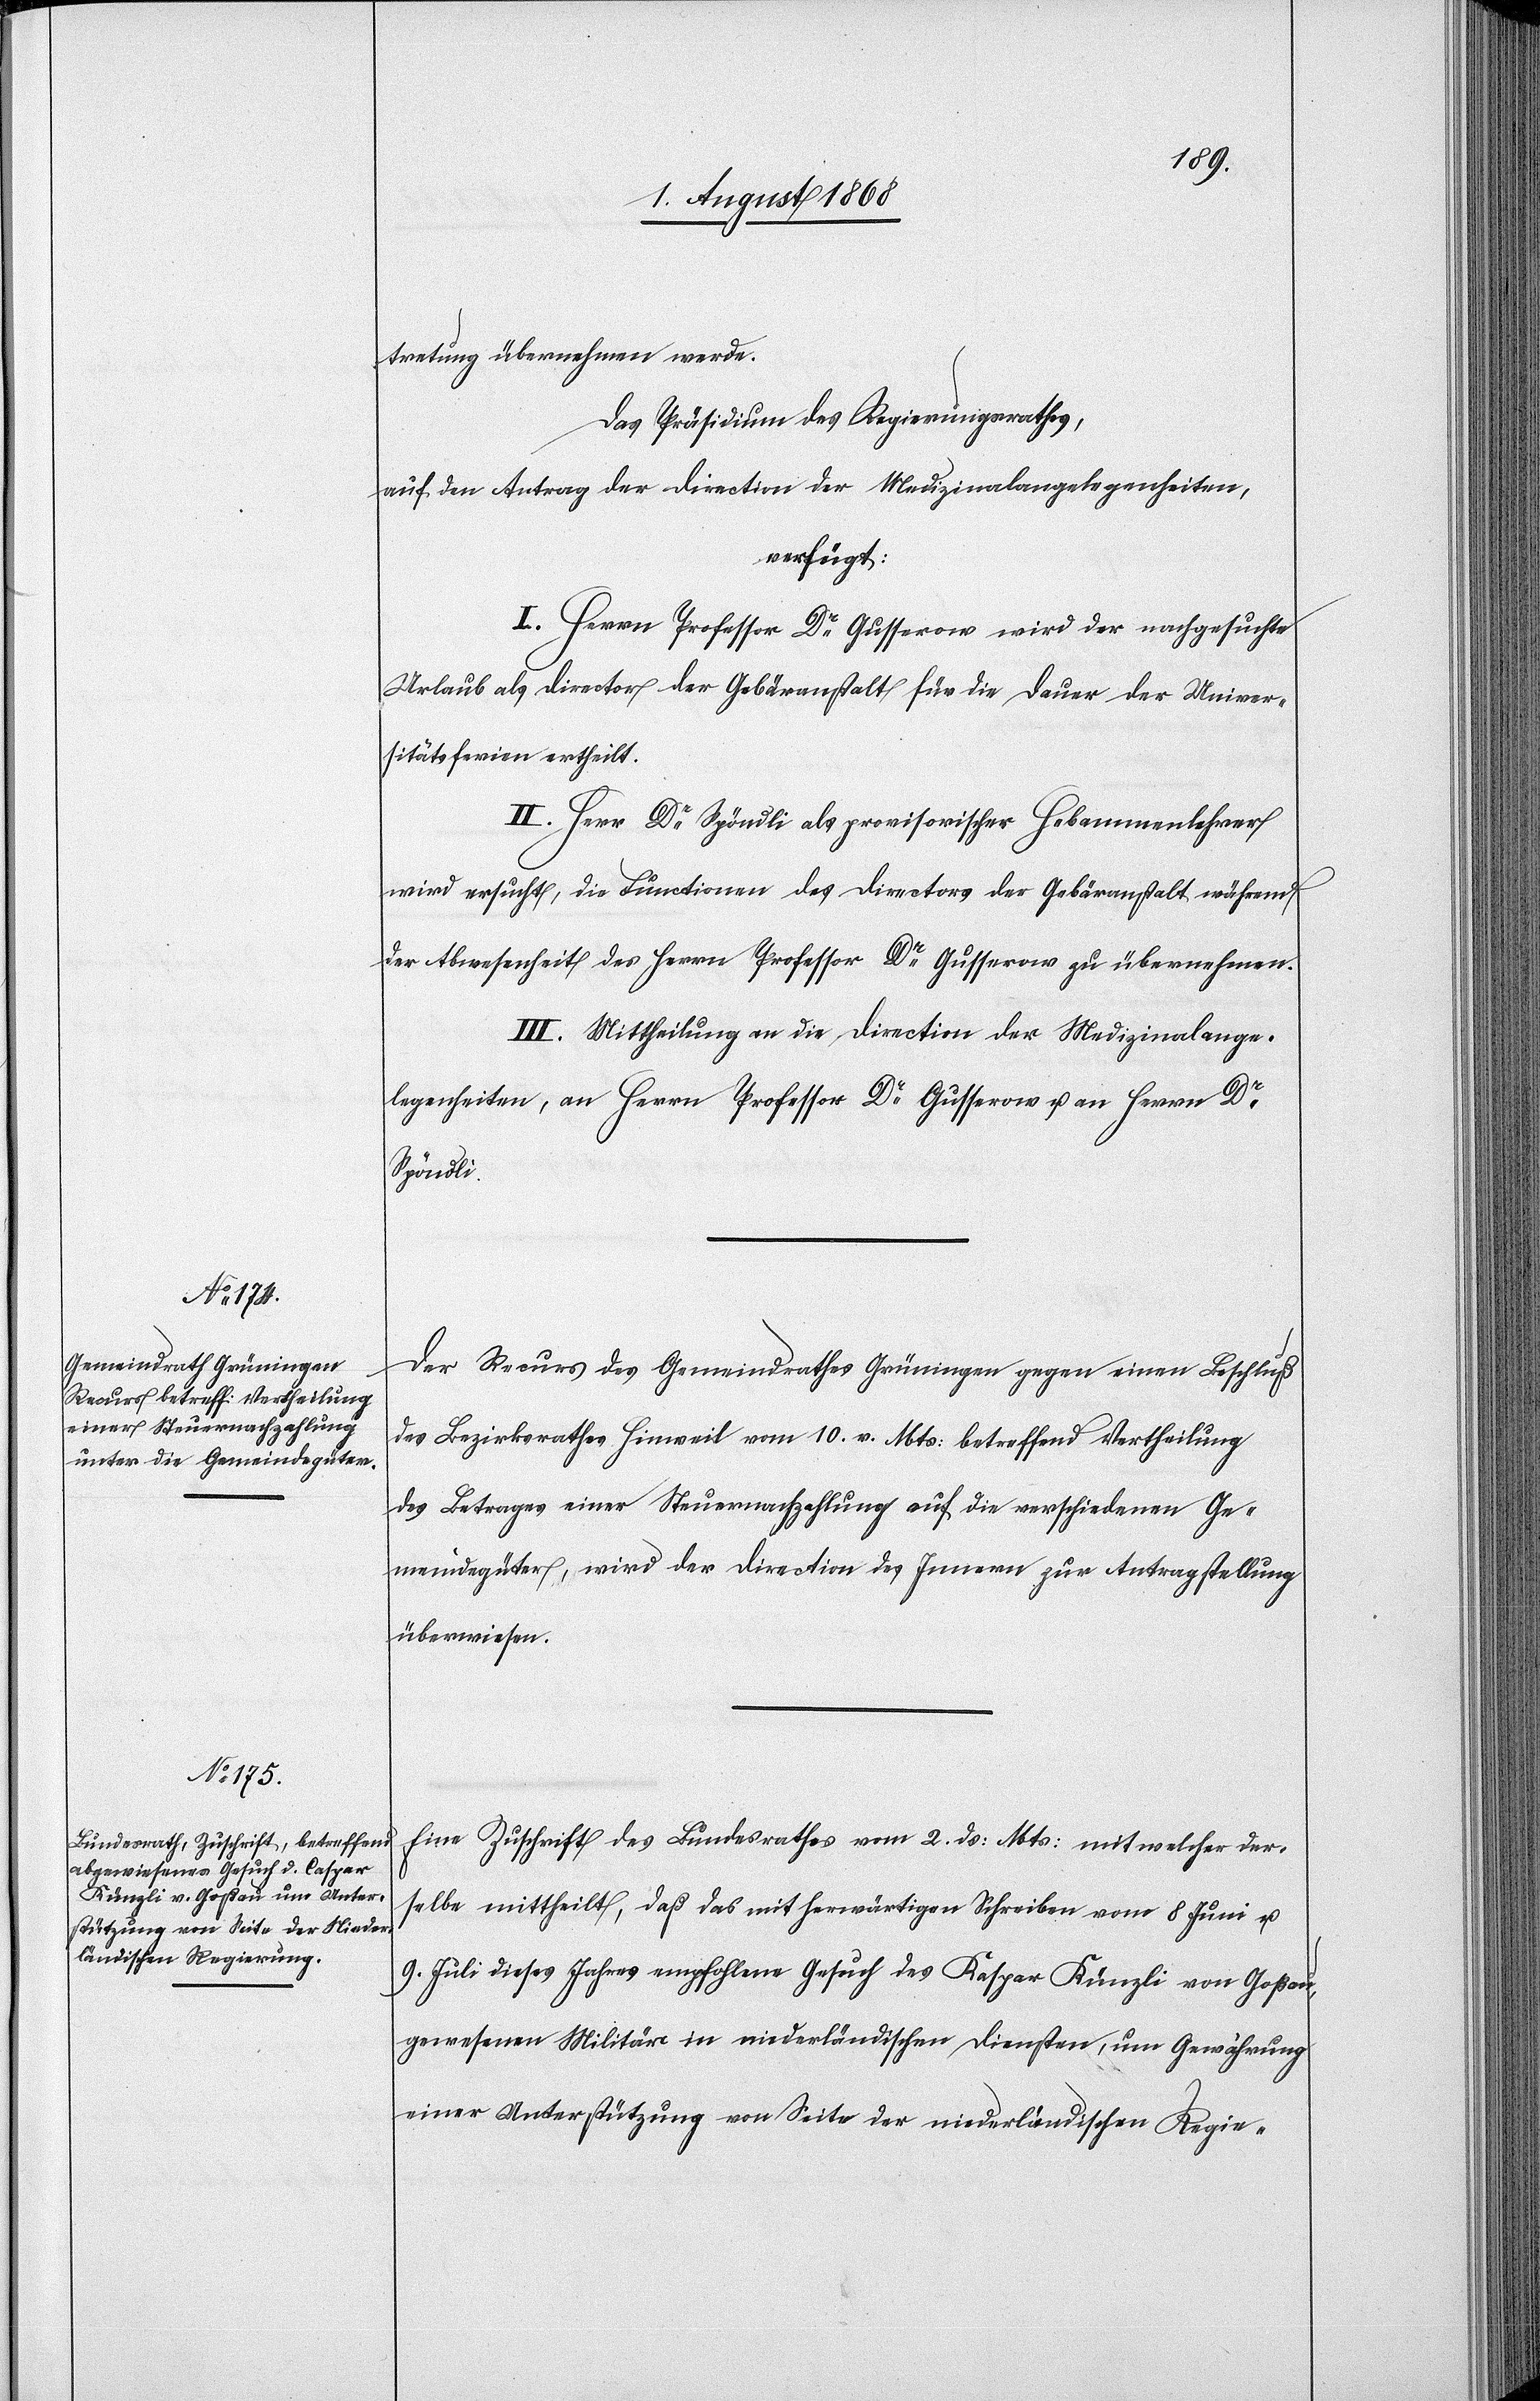
tretung übernehmen werde.
Das Präsidium des Regierungsrathes,
auf den Antrag der Direction der Medizinalangelegenheiten,
verfügt:
I. Herrn Professor Dr Gusserow wird der nachgesuchte
Urlaub als Director der Gebäranstalt für die Dauer der Univer¬
sitätsferien ertheilt.
II. Herr Dr Spöndli als provisorischer Hebammenlehrer
wird ersucht, die Functionen des Directors der Gebäranstalt während
der Abwesenheit des Herrn Professor Dr Gusserow zu übernehmen.
III. Mittheilung an die Direction der Medizinalange¬
legenheiten, an Herrn Professor Dr Gusserow u. an Herrn Dr
Spöndli.
Der Recurs des Gemeindrathes Grüningen gegen einen Beschluß
des Bezirksrathes Hinweil vom 10. v. Mts: betreffend Vertheilung
des Betrages einer Steuernachzahlung auf die verschiedenen Ge¬
meindegüter, wird der Direction des Innern zur Antragstellung
überwiesen.
Eine Zuschrift des Bundesrathes vom 2. ds: Mts: mit welcher der¬
selbe mittheilt, daß das mit herwärtigen Schreiben vom 8 Juni u.
9. Juli dieses Jahres empfohlene Gesuch des Kaspar Künzli von Goßau,
gewesenen Militär in niederländischen Diensten, um Gewährung
einer Unterstützung von Seite der niederländischen Regie-